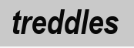
treddles